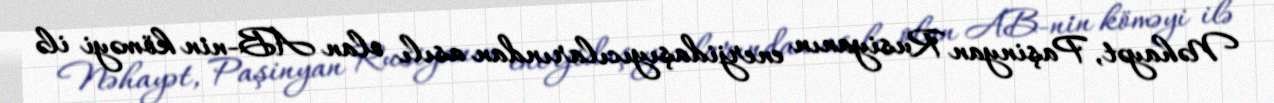
Nəhayət, Paşinyan Rusiyanın enerjidaşıyıcılarından asılı olan AB-nin köməyi ilə